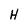
Character: H